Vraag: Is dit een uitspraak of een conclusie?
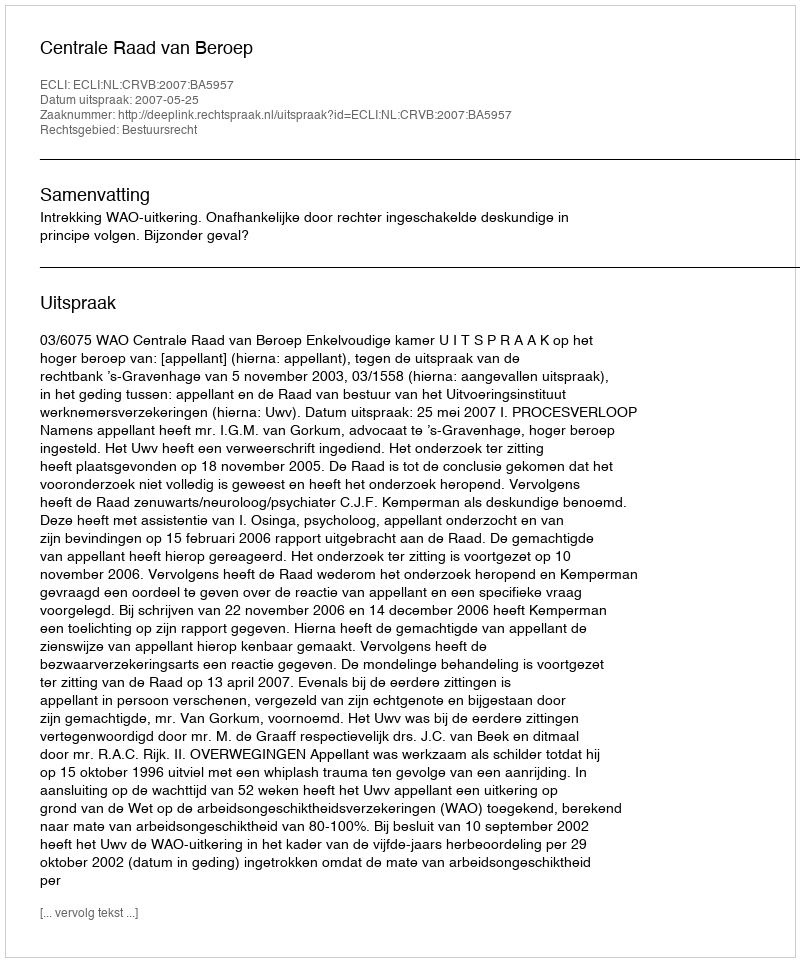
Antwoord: Uitspraak